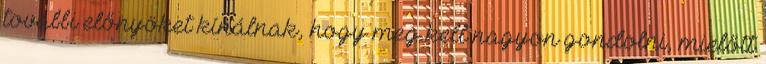
további előnyöket kínálnak, hogy meg kell nagyon gondolni, mielőtt